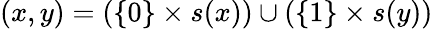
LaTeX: (x,y)=(\{ 0\} \times s(x))\cup(\{ 1\} \times s(y))